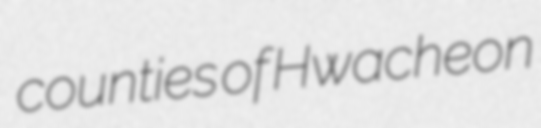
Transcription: counties of Hwacheon